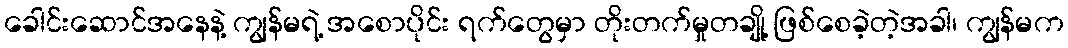
ခေါင်းဆောင်အနေနဲ့ ကျွန်မရဲ့ အစောပိုင်း ရက်တွေမှာ တိုးတက်မှုတချို့ ဖြစ်စေခဲ့တဲ့အခါ၊ ကျွန်မက